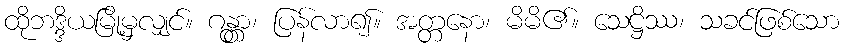
ထိုဘဒ္ဒိယမြို့မှလျှင်။ ဂန္တွာ၊ ပြန်လာ၍။ အတ္တနော၊ မိမိ၏။ သေဋ္ဌိဿ၊ သခင်ဖြစ်သော